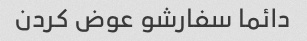
دائما سفارشو عوض کردن